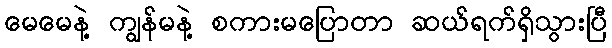
မေမေနဲ့ ကျွန်မနဲ့ စကားမပြောတာ ဆယ်ရက်ရှိသွားပြီ